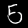
Label: 5